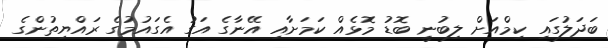
ބަދަލުގައި ކިމްއަށް ލިބުނީ ބޮޑު މޮޅެއް ކަމަށާއި އޭނާގެ އަގު އެގައުމުގެ ރައްޔިތުންގެ